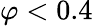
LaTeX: \varphi<0.4